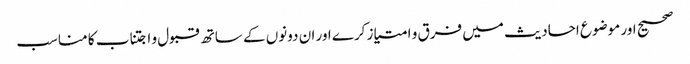
صحیح اور موضوع احادیث میں فرق و امتیاز کرے اور ان دونوں کے ساتھ قبول و اجتناب کا مناسب